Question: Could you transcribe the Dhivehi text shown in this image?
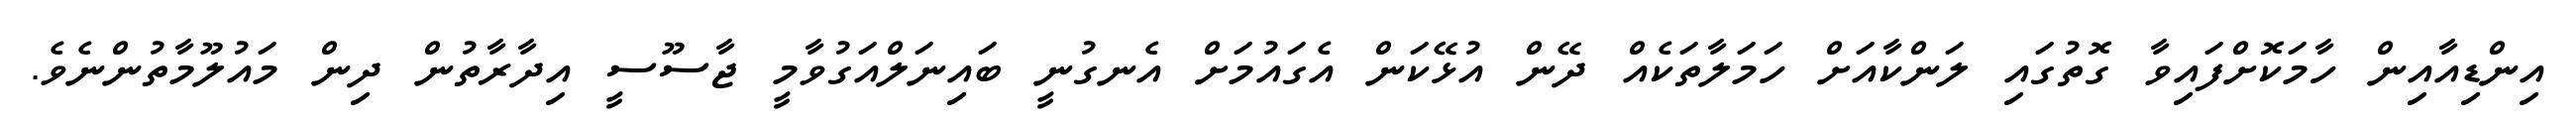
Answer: އިންޑިއާއިން ހާމަކޮށްފައިވާ ގޮތުގައި ލަންކާއަށް ހަމަލާތަކެއް ދޭން އުޅޭކަން އެގައުމަށް އެނގުނީ ބައިނަލްއަގުވާމީ ޖާސޫސީ އިދާރާތުން ދިން މައުލޫމާތުންނެވެ.